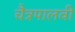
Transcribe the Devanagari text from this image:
चैत्रपालवी